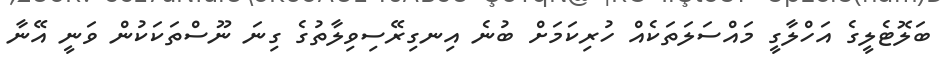
ބަލޮޓެލީގެ އަހްލާގީ މައްސަލަތަކެއް ހުރިކަމަށް ބުނެ އިނގިރޭސިވިލާތުގެ ގިނަ ނޫސްތަކަކުން ވަނީ އޭނާ